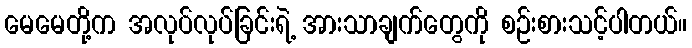
မေမေတို့က အလုပ်လုပ်ခြင်းရဲ့ အားသာချက်တွေကို စဉ်းစားသင့်ပါတယ်။